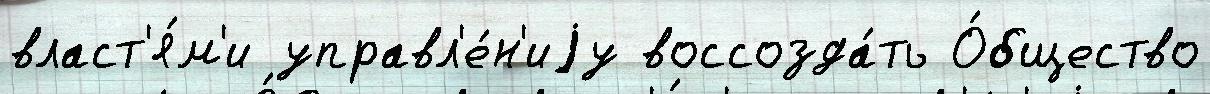
власт'я́м'и управл'е́н'иjу воссозда́ть О́бщество